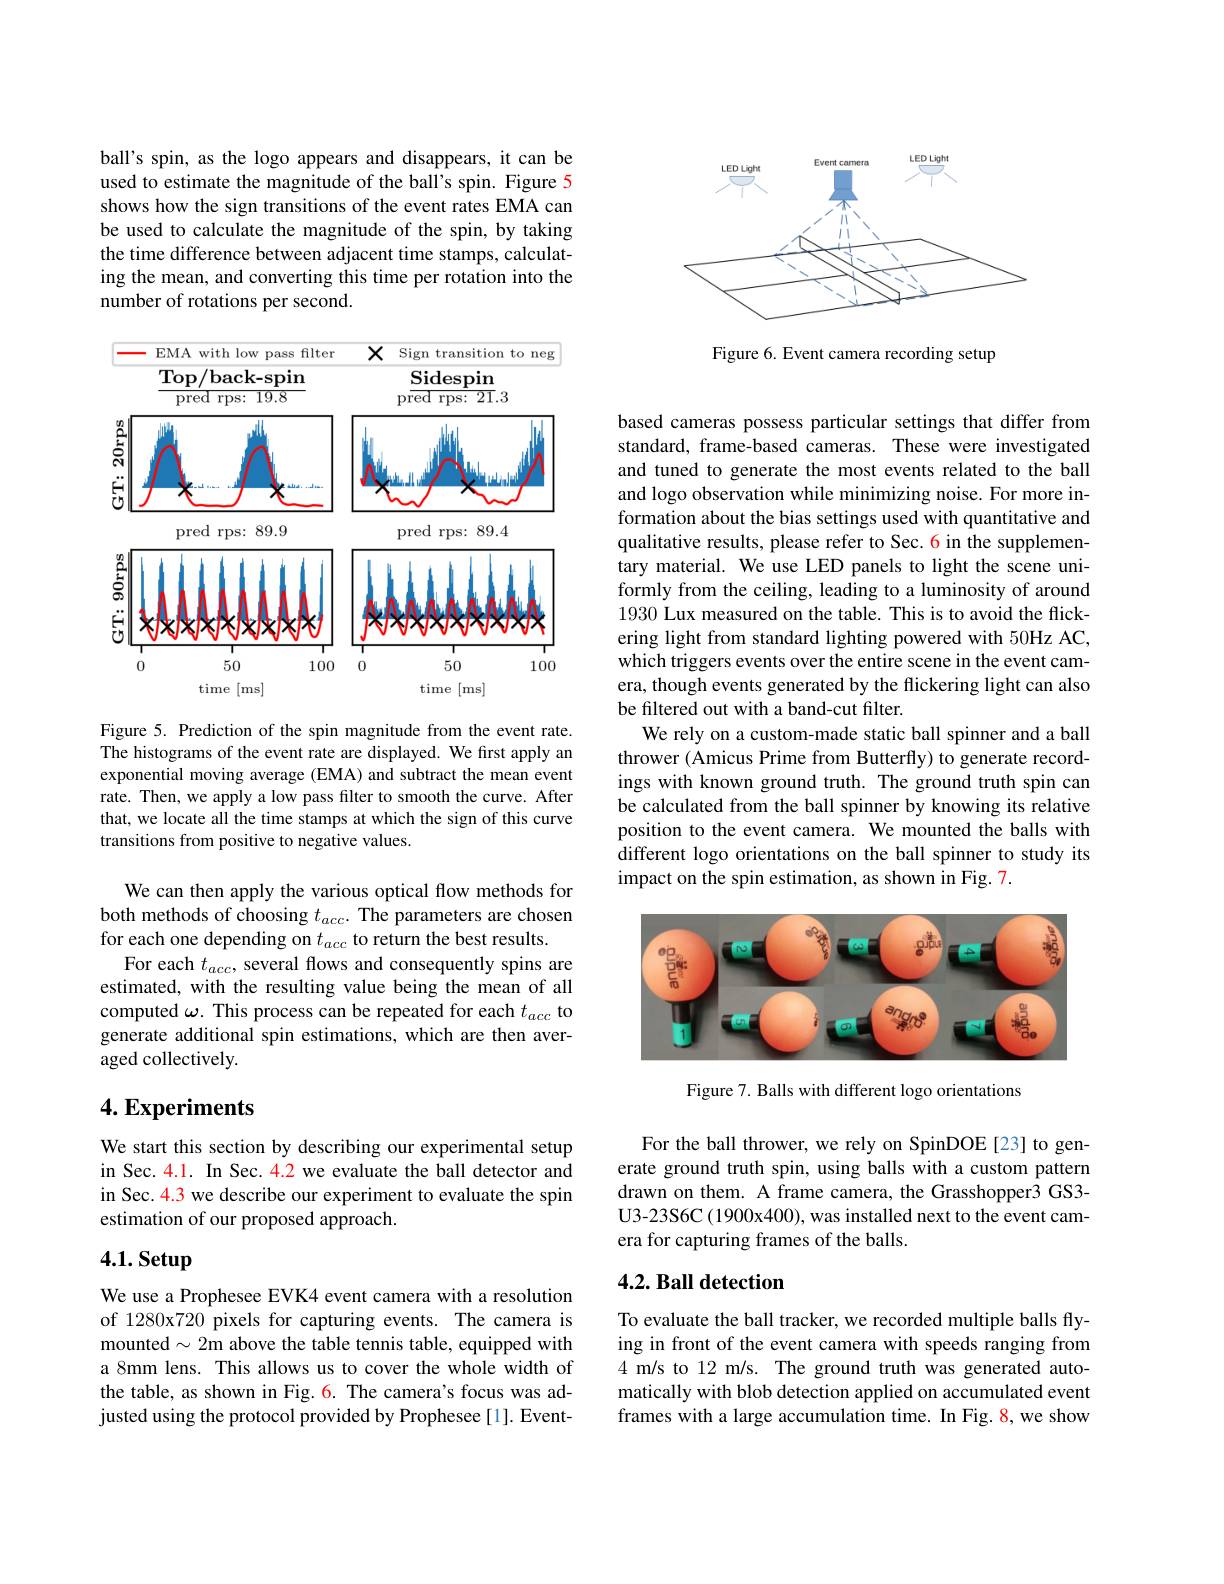
ball's spin, as the logo appears and disappears, it can be used to estimate the magnitude of the ball's spin. Figure 5 shows how the sign transitions of the event rates EMA can be used to calculate the magnitude of the spin, by taking the time difference between adjacent time stamps, calculating the mean, and converting this time per rotation into the number of rotations per second.

<FigureHere>

Figure 5. Prediction of the spin magnitude from the event rate. The histograms of the event rate are displayed. We first apply an exponential moving average (EMA) and subtract the mean event rate. Then, we apply a low pass filter to smooth the curve. After that, we locate all the time stamps at which the sign of this curve transitions from positive to negative values.

We can then apply the various optical flow methods for both methods of choosing $t_{acc}.$ The parameters are chosen for each one depending on $t_{acc}$ to return the best results.
For each $t_{acc}$, several flows and consequently spins are estimated, with the resulting value being the mean of all computed $\omega.$ This process can be repeated for each $t_{acc}$ to generate additional spin estimations, which are then averaged collectively.

# 4. Experiments

We start this section by describing our experimental setup in Sec. 4.1. In Sec. 4.2 we evaluate the ball detector and in Sec.4.3 we describe our experiment to evaluate the spin estimation of our proposed approach.

# 4.1. Setup

We use a Prophesee EVK4 event camera with a resolution of 1280x720 pixels for capturing events. The camera is mounted$\sim2$m above the table tennis table, equipped with a 8mm lens. This allows us to cover the whole width of the table, as shown in Fig. 6. The camera's focus was adjusted using the protocol provided by Prophesee [1]. Event-

<FigureHere>

Figure 6. Event camera recording setup

based cameras possess particular settings that differ from standard, frame-based cameras. These were investigated and tuned to generate the most events related to the ball and logo observation while minimizing noise. For more information about the bias settings used with quantitative and qualitative results, please refer to Sec. 6 in the supplementary material. We use LED panels to light the scene uniformly from the ceiling, leading to a luminosity of around 1930 Lux measured on the table. This is to avoid the flickering light from standard lighting powered with 50Hz AC, which triggers events over the entire scene in the event camera, though events generated by the flickering light can also be filtered out with a band-cut filter.
We rely on a custom-made static ball spinner and a ball thrower ( Amicus Prime from Butterfly) to generate recordings with known ground truth. The ground truth spin can be calculated from the ball spinner by knowing its relative position to the event camera. We mounted the balls with different logo orientations on the ball spinner to study its impact on the spin estimation, as shown in Fig. 7.

<FigureHere>

Figure 7. Balls with different logo orientations

For the ball thrower, we rely on SpinDOE[23] to generate ground truth spin, using balls with a custom pattern drawn on them. A frame camera, the Grasshopper3 GS3- U3-23S6C (1900x400), was installed next to the event camera for capturing frames of the balls.

## 4.2. Ball detection

To evaluate the ball tracker, we recorded multiple balls flying in front of the event camera with speeds ranging from 4 m/s to 12 m/s. The ground truth was generated automatically with blob detection applied on accumulated event frames with a large accumulation time. In Fig. 8, we show